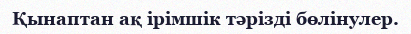
Қынаптан ақ ірімшік тәрізді бөлінулер.